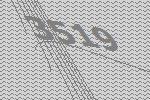
3519